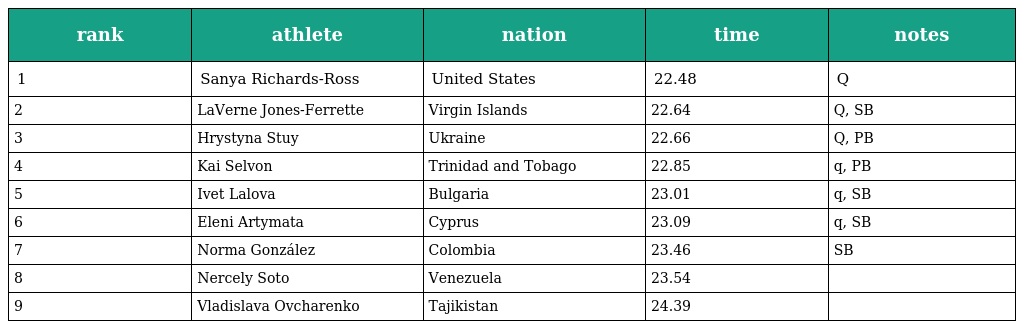
| rank | athlete | nation | time | notes |
 | --- | --- | --- | --- | --- |
 | 1 | Sanya Richards-Ross | United States | 22.48 | Q |
 | 2 | LaVerne Jones-Ferrette | Virgin Islands | 22.64 | Q, SB |
 | 3 | Hrystyna Stuy | Ukraine | 22.66 | Q, PB |
 | 4 | Kai Selvon | Trinidad and Tobago | 22.85 | q, PB |
 | 5 | Ivet Lalova | Bulgaria | 23.01 | q, SB |
 | 6 | Eleni Artymata | Cyprus | 23.09 | q, SB |
 | 7 | Norma González | Colombia | 23.46 | SB |
 | 8 | Nercely Soto | Venezuela | 23.54 |  |
 | 9 | Vladislava Ovcharenko | Tajikistan | 24.39 |  |